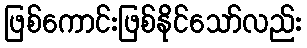
ဖြစ်ကောင်းဖြစ်နိုင်သော်လည်း